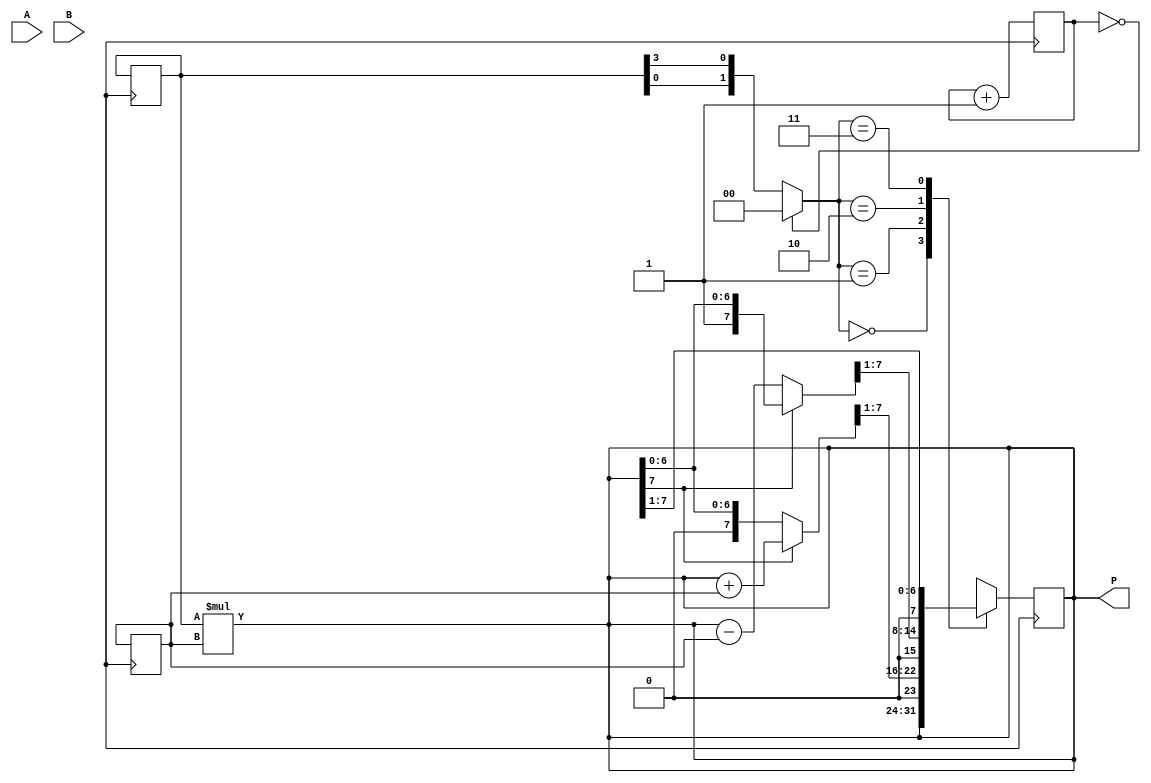
module booth_multiplier (
  input [3:0] A,
  input [3:0] B,
  output reg [7:0] P
);

reg [3:0] A_reg, B_reg;
reg [2:0] count;
reg [1:0] Booth_encoding;

assign P = A_reg * B_reg;

always @ (posedge clk) begin
  if (count == 0) begin
    Booth_encoding = 2'b00;
  end else begin
    Booth_encoding = {A_reg[0], A_reg[3]};
  end

  case (Booth_encoding)
    2'b00: begin
      // do nothing
    end
    2'b01: begin
      if (P[7] == 1) P = P + B_reg;
      P = P >> 1;
    end
    2'b10: begin
      if (P[7] == 0) P = P - B_reg;
      P = P >> 1;
    end
    2'b11: begin
      P = P >> 1;
    end
  endcase

  count <= count + 1;
  A_reg <= {A_reg[3], A_reg};
  B_reg <= {B_reg[3], B_reg};
end

endmodule